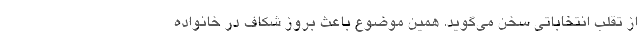
از تقلب انتخاباتی سخن می‌گوید. همین موضوع باعث بروز شکاف در خانواده